Problem: 9 × 4 = ?
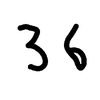
Handwritten answer: 36